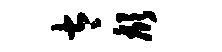
太颜